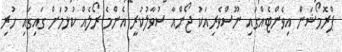
ޕްރޮމޯޝަން އިވެންޓެއްގައި ނޫސްވެރިއަކު ޖޯންއާ ސުވާލުކުރީ އެންމެ ރޯލެއް ކުޅުމަށް ގައިގައި ހުރި